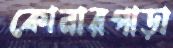
কোনারপাড়া